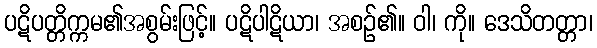
ပဋိပတ္တိက္ကမ၏အစွမ်းဖြင့်။ ပဋိပါဋိယာ၊ အစဉ်၏။ ဝါ၊ ကို။ ဒေသိတတ္တာ၊